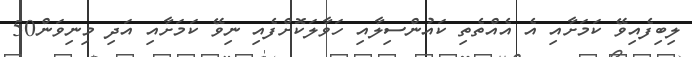
ލިބިފެއިވޭ ކަމަށާއި އެ އެއްތެތި ކައުންސިލާއި ހަވާލަކޮށްފެއި ނިވޭ ކަމަށާއި އަދި މިނިވަން50